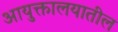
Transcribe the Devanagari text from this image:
आयुक्तालयातील